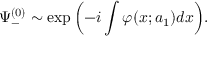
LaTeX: \Psi _ { - } ^ { ( 0 ) } \sim \exp { \left( - i \int \varphi ( x ; a _ { 1 } ) d x \right) } .